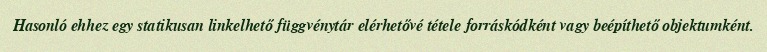
Hasonló ehhez egy statikusan linkelhető függvénytár elérhetővé tétele forráskódként vagy beépíthető objektumként.